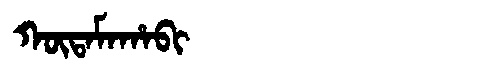
Manchu: ᡴᡡᡨᠠᠮᠠᡥᠠᠪᡳ
Romanization: KŪTAMAHABI